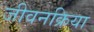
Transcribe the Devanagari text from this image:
जीवनक्रिया